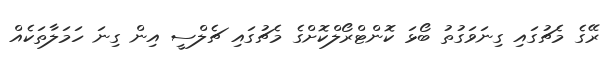
ރޭގެ މެޗުގައި ގިނަވަގުތު ބޯޅަ ކޮންޓްރޯލްކޮށްގެ މެޗުގައި ޗެލްސީ އިން ގިނަ ހަމަލާތަކެއް